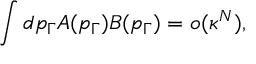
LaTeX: \int d p _ { \Gamma } A ( p _ { \Gamma } ) B ( p _ { \Gamma } ) = o ( \kappa ^ { N } ) ,